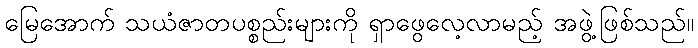
မြေအောက် သယံဇာတပစ္စည်းများကို ရှာဖွေလေ့လာမည့် အဖွဲ့ဖြစ်သည်။